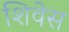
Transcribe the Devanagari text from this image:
शिवेस